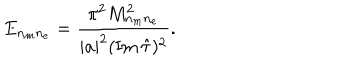
LaTeX: E _ { n _ { m } n _ { e } } = { \frac { \pi ^ { 2 } M _ { n _ { m } n _ { e } } ^ { 2 } } { | a | ^ { 2 } ( \mathrm { I m } \, \hat { \tau } ) ^ { 2 } } } .